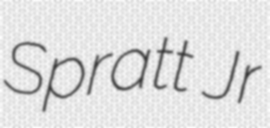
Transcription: Spratt Jr